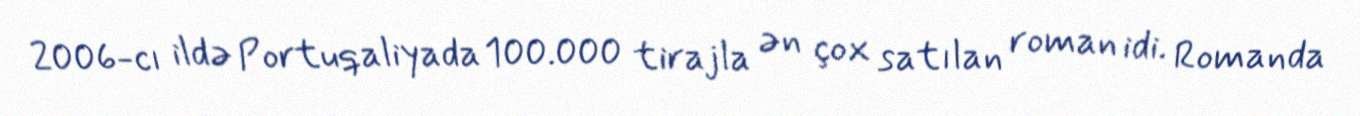
2006-cı ildə Portuqaliyada 100.000 tirajla ən çox satılan roman idi. Romanda